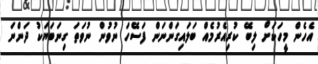
އެހެން މީހަކަށް ލިބޭ ކުރިއެރުމެއް ބަލައިގަންނަން ފަސޭހަ ނުވުން ނުވަތަ ގިނަބަޔަކު ދަންނަ